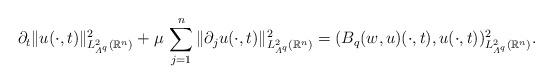
LaTeX: \begin{align*} \partial_t \|u (\cdot, t)\|^2_{L^2_{\varLambda^q} ({\mathbb R}^n)} + \mu \, \sum_{j=1}^n\|\partial_j u (\cdot, t)\|^2_{L^2_{\varLambda^{q}} ({\mathbb R}^n)} = (B_q (w,u)(\cdot, t),u (\cdot, t))^2_{L^2_{\varLambda^{q}} ({\mathbb R}^n)} .\end{align*}